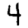
Digit: 4